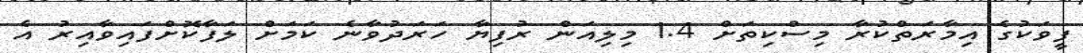
ފީވަކުގެ އިމާރަތްކުރާ މިސްކިތަށް 1.4 މިލިއަން ރުފިޔާ ހަރަދުވާނެ ކަމަށް ލަފާކޮށްފައިވާއިރު އެ